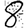
Digit: 8